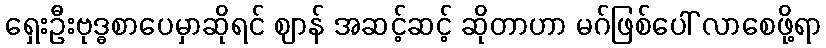
ရှေးဦးဗုဒ္ဓစာပေမှာဆိုရင် ဈာန် အဆင့်ဆင့် ဆိုတာဟာ မဂ်ဖြစ်ပေါ် လာစေဖို့ရာ